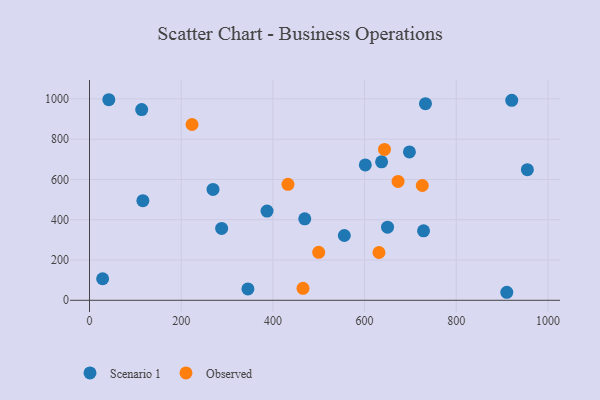
{"axis": {"x": "Study Hours", "y": "Yield"}, "legend": ["Observed", "Scenario 1"], "data": [{"x": "601.6", "y": 671.8, "type": "Scenario 1"}, {"x": "955.1", "y": 648.2, "type": "Scenario 1"}, {"x": "345.5", "y": 56.4, "type": "Scenario 1"}, {"x": "910.2", "y": 39.8, "type": "Scenario 1"}, {"x": "42.1", "y": 995.6, "type": "Scenario 1"}, {"x": "469.5", "y": 404.3, "type": "Scenario 1"}, {"x": "650.1", "y": 362.9, "type": "Scenario 1"}, {"x": "116.4", "y": 494.7, "type": "Scenario 1"}, {"x": "113.8", "y": 946.5, "type": "Scenario 1"}, {"x": "637.1", "y": 687.3, "type": "Scenario 1"}, {"x": "387.2", "y": 443.0, "type": "Scenario 1"}, {"x": "28.6", "y": 106.9, "type": "Scenario 1"}, {"x": "697.8", "y": 736.7, "type": "Scenario 1"}, {"x": "288.2", "y": 356.9, "type": "Scenario 1"}, {"x": "921.0", "y": 992.8, "type": "Scenario 1"}, {"x": "732.8", "y": 976.2, "type": "Scenario 1"}, {"x": "555.8", "y": 321.7, "type": "Scenario 1"}, {"x": "728.6", "y": 344.8, "type": "Scenario 1"}, {"x": "269.4", "y": 550.5, "type": "Scenario 1"}, {"x": "725.9", "y": 569.8, "type": "Observed"}, {"x": "499.9", "y": 238.1, "type": "Observed"}, {"x": "432.9", "y": 575.5, "type": "Observed"}, {"x": "643.4", "y": 748.9, "type": "Observed"}, {"x": "673.0", "y": 590.2, "type": "Observed"}, {"x": "223.6", "y": 872.5, "type": "Observed"}, {"x": "631.4", "y": 237.2, "type": "Observed"}, {"x": "465.7", "y": 59.4, "type": "Observed"}]}